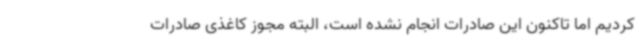
کردیم اما تاکنون این صادرات انجام نشده است، البته مجوز کاغذی صادرات